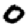
Digit: 0